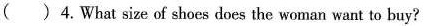
( )4.What size of shoes does the woman want to buy?